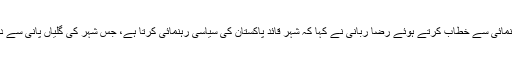
کراچی آرٹس کونسل میں اپنی کتاب کی تقریب رونمائی سے خطاب کرتے ہوئے رضا ربانی نے کہا کہ شہر قائد پاکستان کی سیاسی رہنمائی کرتا ہے، جس شہر کی گلیاں پانی سے دھوئیں جاتی ہیں اُس میں خون کی ہولی کھیلی گئی۔